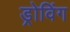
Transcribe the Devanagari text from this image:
ड्रोविंग